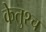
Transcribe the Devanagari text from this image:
केतुश्च